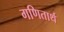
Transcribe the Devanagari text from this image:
गणितार्थ